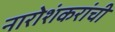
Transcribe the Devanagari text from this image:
नारोशंकरांची